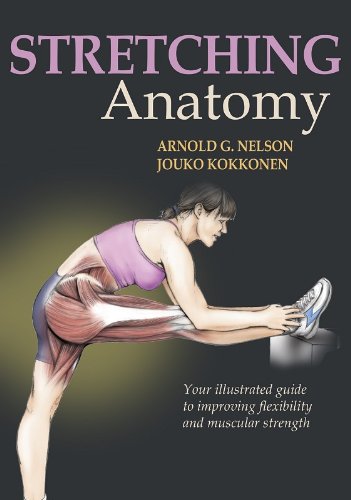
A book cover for Stretching Anatomy; Arnold G. Nelson; Health, Fitness & Dieting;